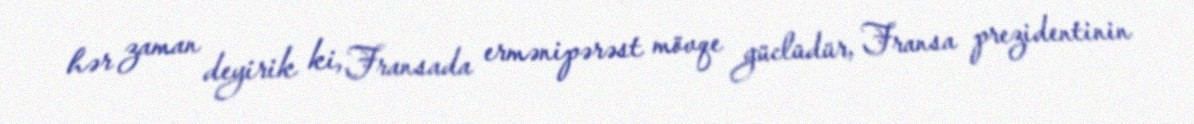
hər zaman deyirik ki, Fransada ermənipərəst mövqe güclüdür, Fransa prezidentinin